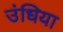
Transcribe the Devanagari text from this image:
उंधिया